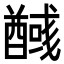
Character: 𮡃